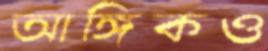
আঙ্গিকও